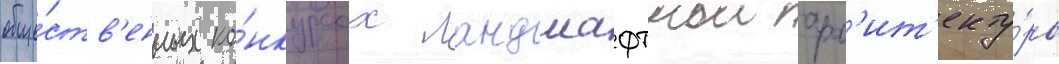
обще́ств'енных ко́нкурсах ландшафтнои арх'ит'екту́ры